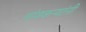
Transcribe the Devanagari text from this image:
गांवकऱ्यांनी